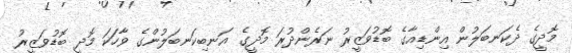
މޮދީގެ ދެކަނބަލުން އިންޑިއާގެ ބޮޑުވަޒީރު ނަރެންދުރަ މޮދީގެ އަނބިކަނބަލުންގެ ވާހަކަ މޮދީ ބޮޑުވަޒީރު